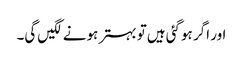
اور اگر ہوگئی ہیں‌تو بہتر ہونے لگیں‌گی۔